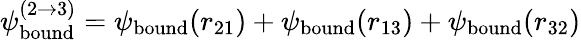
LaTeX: \psi_{\mathrm{bound}}^{(2\rightarrow 3)}=\psi_{\mathrm{bound}}(r_{21})+\psi_{\mathrm{bound}}(r_{13})+\psi_{\mathrm{bound}}(r_{32})